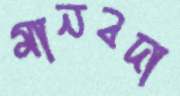
মানবদা